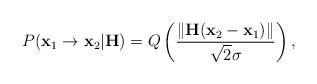
LaTeX: \begin{align*}P(\mathbf{x}_1 \rightarrow \mathbf{x}_2| \mathbf{H})=Q\left(\frac{\Vert \mathbf{H}(\mathbf{x}_2-\mathbf{x}_1)\Vert}{\sqrt{2}\sigma}\right),\end{align*}